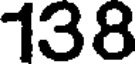
138